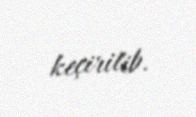
keçirilib.